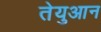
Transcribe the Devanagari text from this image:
तेयुआन